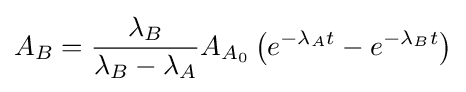
{\begin{aligned}A_{B}={\frac {\lambda _{B}}{\lambda _{B}-\lambda _{A}}}A_{A_{0}}\left(e^{-\lambda _{A}t}-e^{-\lambda _{B}t}\right)\end{aligned}}